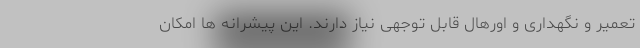
تعمیر و نگهداری و اورهال قابل توجهی نیاز دارند. این پیشرانه ها امکان